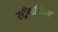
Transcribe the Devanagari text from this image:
स्ट्रँगलिंग